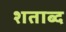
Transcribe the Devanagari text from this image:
शताब्द